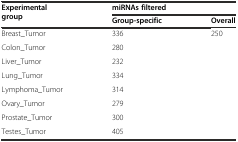
<table><thead><tr><td rowspan="2"><b>Experimental group</b></td><td colspan="2"><b>miRNAs filtered</b></td></tr><tr><td><b>Group-specific</b></td><td><b>Overall</b></td></tr></thead><tbody><tr><td>Breast_Tumor</td><td>336</td><td rowspan="8">250</td></tr><tr><td>Colon_Tumor</td><td>280</td></tr><tr><td>Liver_Tumor</td><td>232</td></tr><tr><td>Lung_Tumor</td><td>334</td></tr><tr><td>Lymphoma_Tumor</td><td>314</td></tr><tr><td>Ovary_Tumor</td><td>279</td></tr><tr><td>Prostate_Tumor</td><td>300</td></tr><tr><td>Testes_Tumor</td><td>405</td></tr></tbody></table>